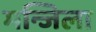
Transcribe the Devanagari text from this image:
मन्जिला